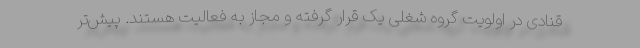
قنادی در اولویت گروه شغلی یک قرار گرفته و مجاز به فعالیت هستند. پیش‌تر